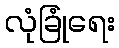
လုံခြုံရေး